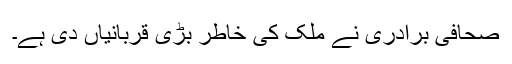
صحافی برادری نے ملک کی خاطر بڑی قربانیاں دی ہے۔